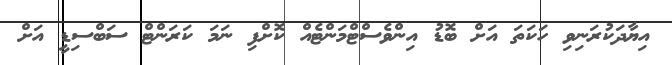
އިޔާދަކުރަނިވި ހަކަތަ އަށް ބޮޑު އިންވެސްޓްމަންޓެއް ކޮށްފި ނަމަ ކަރަންޓް ސަބްސިޑީ އަށް